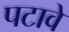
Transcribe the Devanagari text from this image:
पटावे